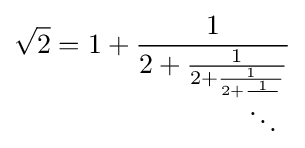
{\sqrt {2}}=1+{\frac {1}{2+{\frac {1}{2+{\frac {1}{2+{\frac {1}{\ddots }}}}}}}}